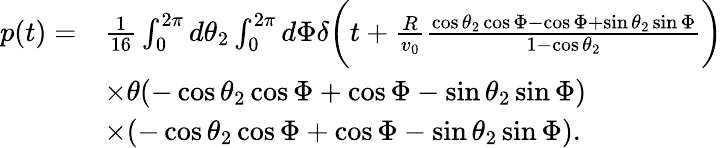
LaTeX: \begin{array}{rl}{p(t)=}&{\frac{1}{16}\int_{0}^{2\pi}d\theta_{2}\int_{0}^{2\pi}d\Phi\delta\bigg(t+\frac{R}{v_{0}}\frac{\cos\theta_{2}\cos\Phi-\cos\Phi+\sin\theta_{2}\sin\Phi}{1-\cos\theta_{2}}\bigg)}\\ &{\times\theta(-\cos\theta_{2}\cos\Phi+\cos\Phi-\sin\theta_{2}\sin\Phi)}\\ &{\times(-\cos\theta_{2}\cos\Phi+\cos\Phi-\sin\theta_{2}\sin\Phi).}\end{array}